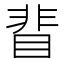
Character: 𥇖